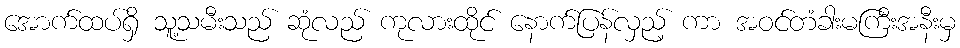
အောက်ထပ်ရှိ သူ့သမီးသည် ဆုံလည် ကုလားထိုင် နောက်ပြန်လှည့် ကာ အဝင်တံခါးမကြီးအနီးမှ